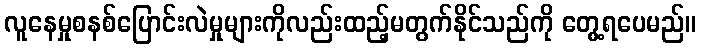
လူနေမှုစနစ်ပြောင်းလဲမှုများကိုလည်းထည့်မတွက်နိုင်သည်ကို တွေ့ရပေမည်။